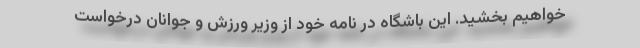
خواهیم بخشید. این باشگاه در نامه خود از وزیر ورزش و جوانان درخواست